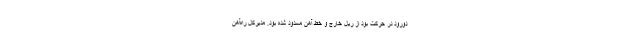
دورود در حرکت بود از ریل خارج و خط آهن مسدود شده بود. مدیرکل راه‌آهن